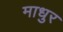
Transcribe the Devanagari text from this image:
माधुर